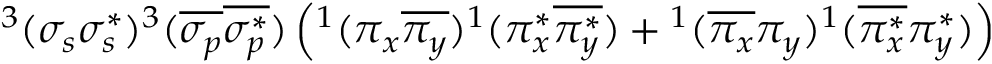
^ 3 ( \sigma _ { s } \sigma _ { s } ^ { * } ) ^ { 3 } ( \overline { { \sigma _ { p } } } \overline { { \sigma _ { p } ^ { * } } } ) \left( ^ 1 ( \pi _ { x } \overline { { \pi _ { y } } } ) ^ { 1 } ( \pi _ { x } ^ { * } \overline { { \pi _ { y } ^ { * } } } ) + { } ^ { 1 } ( \overline { { \pi _ { x } } } \pi _ { y } ) ^ { 1 } ( \overline { { \pi _ { x } ^ { * } } } \pi _ { y } ^ { * } ) \right)